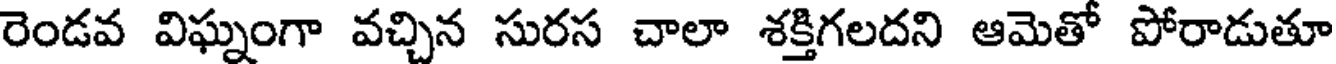
రెండవ విఘ్నంగా వచ్చిన సురస చాలా శక్తిగలదని ఆమెతో పోరాడుతూ